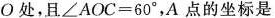
О处，且∠AOC=60°，A点的坐标是